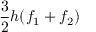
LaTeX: { \frac { 3 } { 2 } } h ( f _ { 1 } + f _ { 2 } )